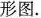
形图.